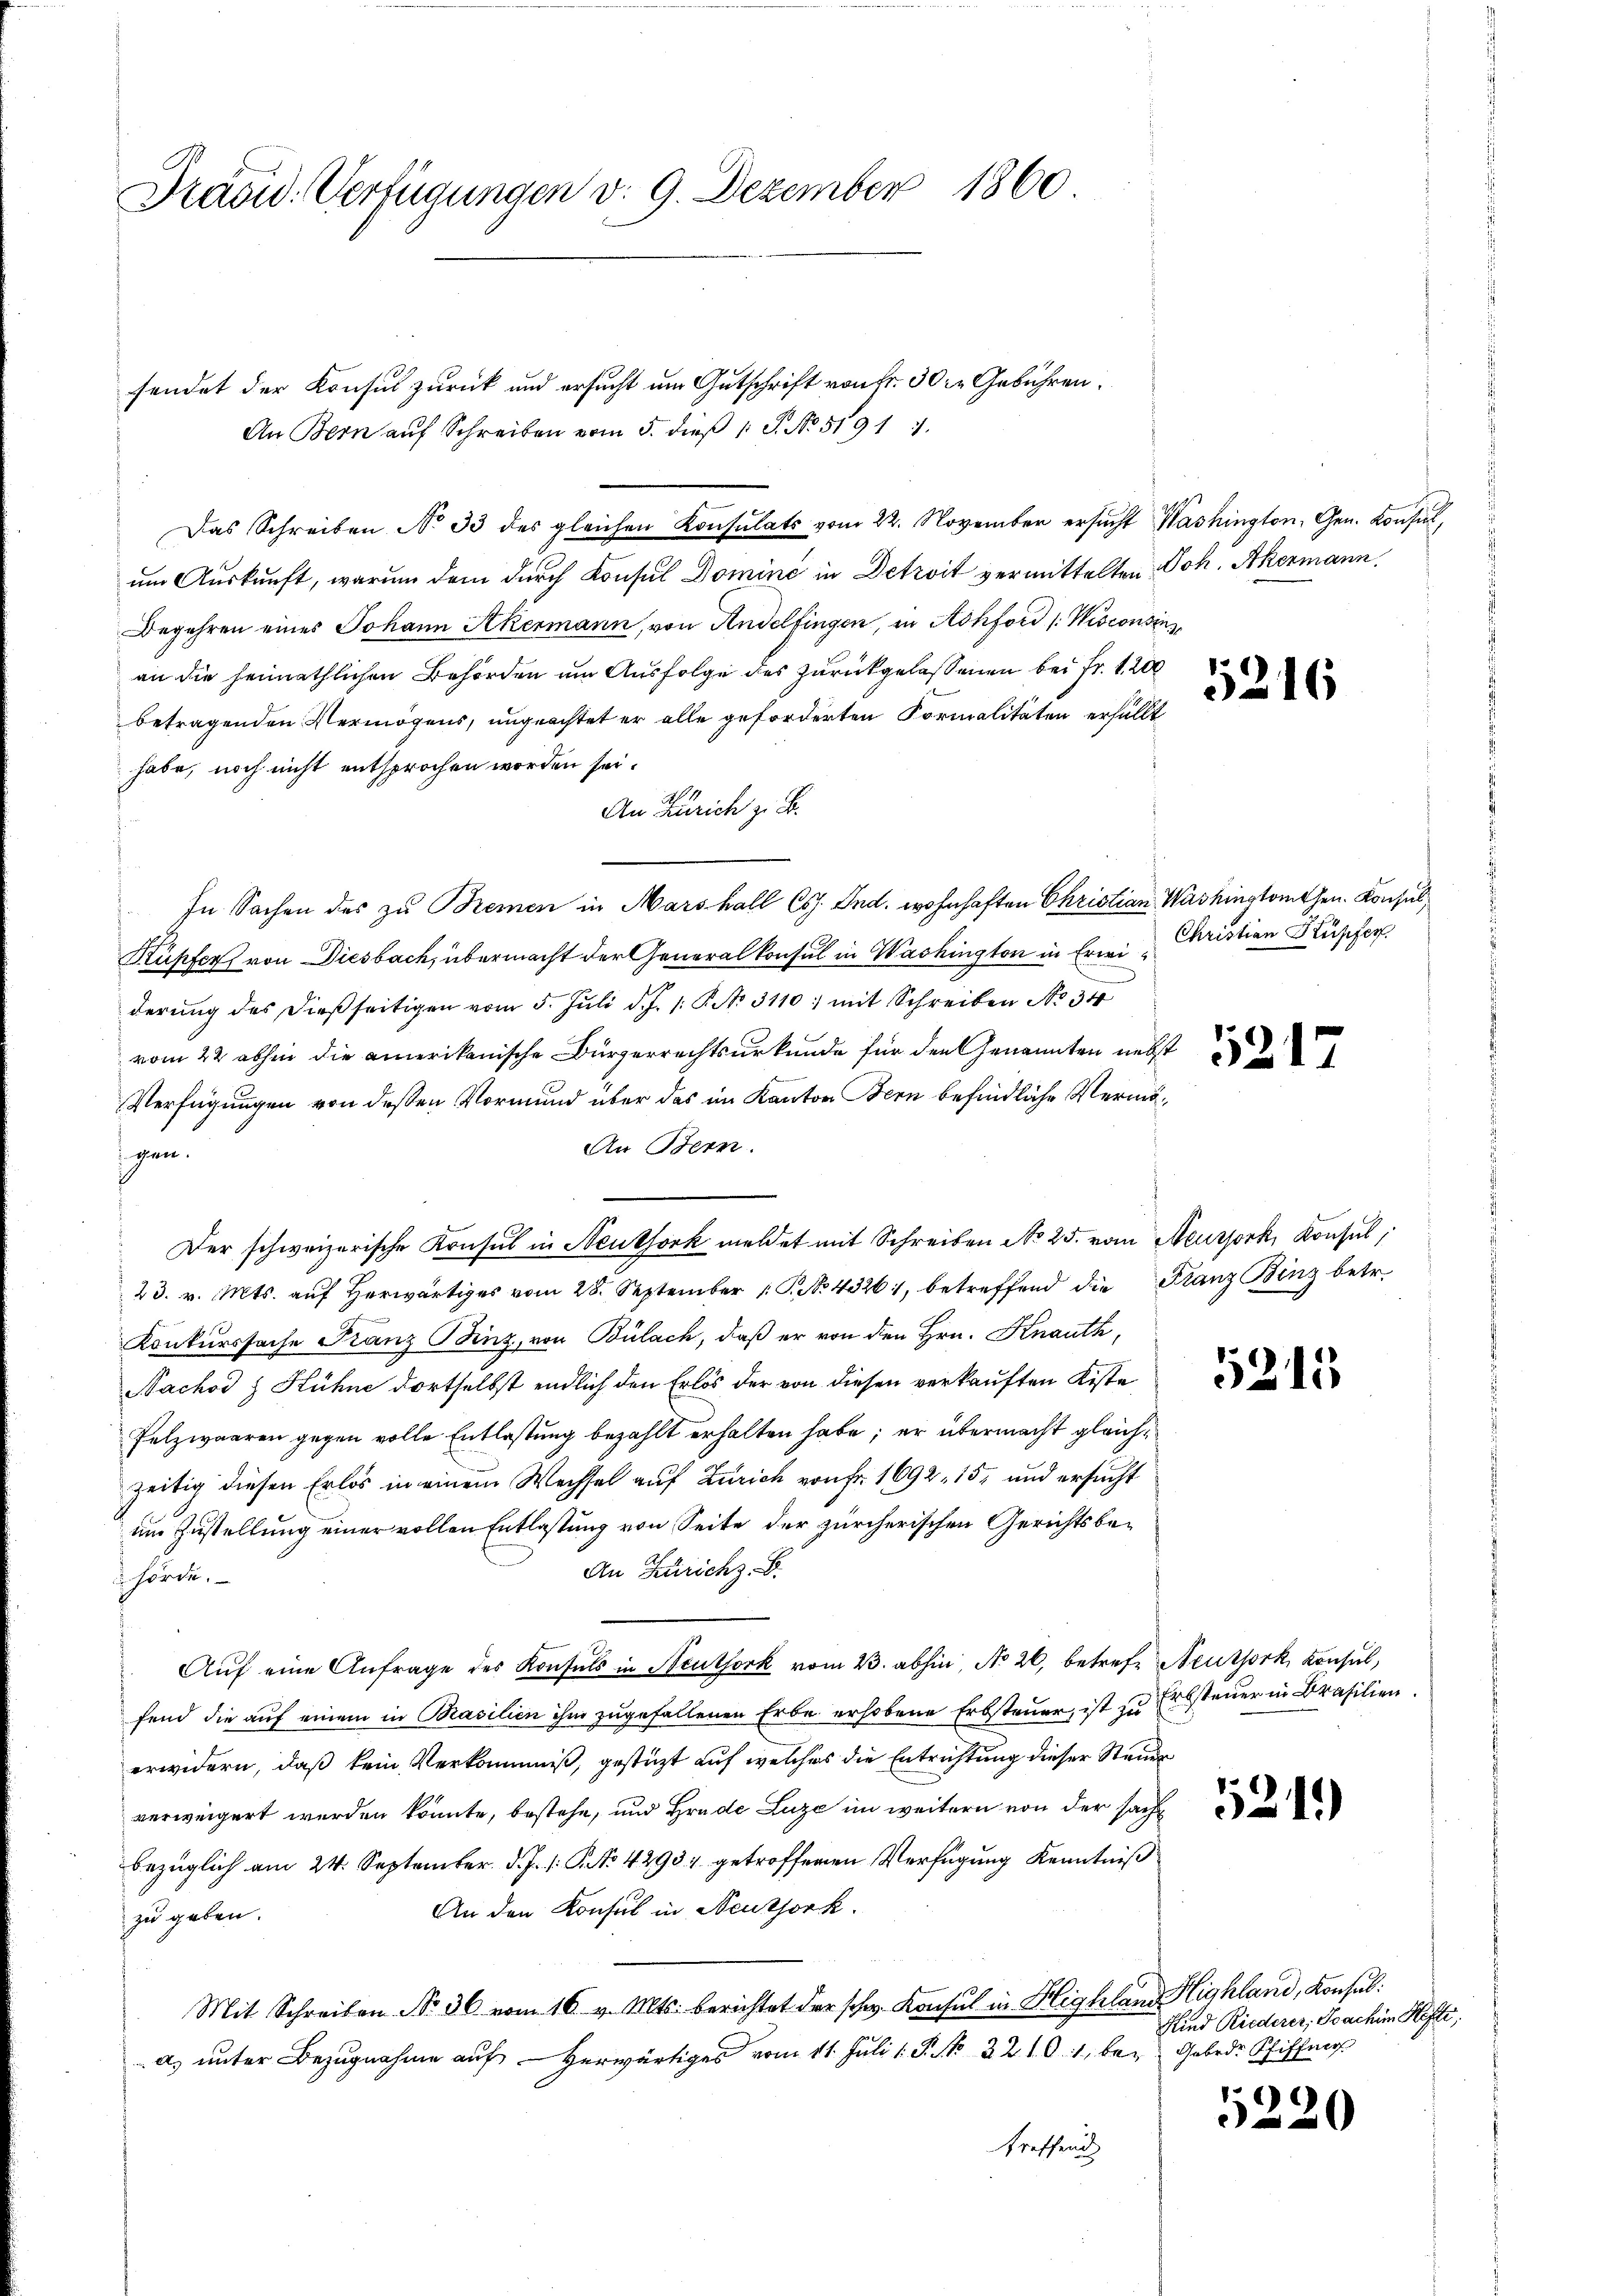
Präsid. Verfügungen v. 9. Dezember 1860

fendet der Konsul zurück und ersucht um Gutschrift von Fr. 30. Gebühren.
An Bern aŭf Schreiben vom 5. dieβ 1 S. No. 51911.
Das Schreiben No 33 des gleichen Konsulats vom 22. November ersŭcht Washington, Gen. Konsil,
um Auskunft, warum dem durch Konsul Domine in Detroit vermittelten Joh. Akermann
Begehren eines Johann Akermann, von Andelfingen, in Sohford /Wisconsins
an die heimathlichen Behörden um Ausfolge des zurückgelassenen bei Fr. 1200
betragenden Vermögens, ungeachtet er alle geforderten Formalitäten erfällt
habe, noch nicht entsprochen worden sei.
An Zürich zu B.
In Sachen des zu Bremen in Mars hall (s. Ind. wohnhaften Christian Washingtonthen. Konsul
Kupfer von Diesbach, übermacht der Generalkonsul in Washington in Erwi Christian Kupfer
derŭng des dießseitigen vom 5. Jŭli d. J. 1: P. No. 3110: mit Schreiben No 34
vom 22 abhin die amerikanische Bürgerrechtsurkunde für den Genannten necht
Verfügungen von deßen Vormund über das im Kanton Bern befindliche Vermö¬
An Bern.
igen.
Der schweizerische Konsul in Neuthork meldet mit Schreiben No 25. vom Meursork, Konsul,
23. v. Mts. aŭf herwärtiges vom 28. September 1 S. N. 43261, betreffend die Franz Binz betr.
Konkurssache Franz Binz, von Bülach, daß er von den Hrn. Knauth,
Nachod & Hühne dortselbst endlich den Erlös der von diesen verkauften Kiste
Pelzwaaren gegen volle Entlastung bezahlt erhalten habe; er übermacht gleichzeitig diesen Erlös in einem Wechsel auf Zürich von Fr. 1692. 15, und ersucht
um Zustellung einer vollen Entlastung von Seite der zürcherischen Gerichtsbe¬
An Zürich z. B.
hörde.
Aŭf eine Anfrage des Konsuls in Neuthork vom 23. abhin, No 26. betrefe Neuthork, Konsul,
fend die auf einem in Prasilien ihm zugefallenen Erbe erhobene Erbsteuer, ist zu Erbsteuer in Brasilien
erwidern, daß kein Verkommiß, gestützt auf welches die Entrichtung dieser Staude
verweigert werden könnte, bestehe, und Grade Luze im weitern von der sacht
bezüglich am 24. September. d. J. 1. P. No 42937 getroffenen Verfügung Kenntniß
An den Konsul in Neuthork
zu geben.
Mit Schreiben Nr. 36 vom 16. v. Mts. berichtet der schw. Konsul in Highland Highland, Konsul
a) unter Bezugnahme auf herwärtiges vom 11. Juli 1. P. Nr. 22101, bey Gebrd. Schiffma
treffend

5216

5215

5219)

Kind Riederer, Joachim Hefte,

5220